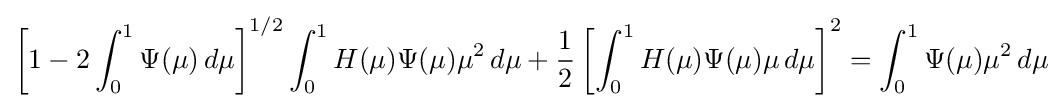
\left[1-2\int _{0}^{1}\Psi (\mu )\,d\mu \right]^{1/2}\int _{0}^{1}H(\mu )\Psi (\mu )\mu ^{2}\,d\mu +{\frac {1}{2}}\left[\int _{0}^{1}H(\mu )\Psi (\mu )\mu \,d\mu \right]^{2}=\int _{0}^{1}\Psi (\mu )\mu ^{2}\,d\mu